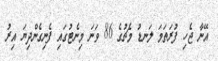
އޭނާ ޖެހި ފުރަތަމަ ލަނޑު މެޗުގެ 86 ވަނަ މިނެޓުގައި ފެނިގެންދިޔަ އިރު